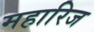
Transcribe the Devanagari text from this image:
महारिज